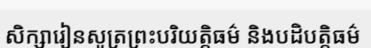
សិក្សារៀនសូត្រព្រះបរិយត្តិធម៌ និងបដិបត្តិធម៌